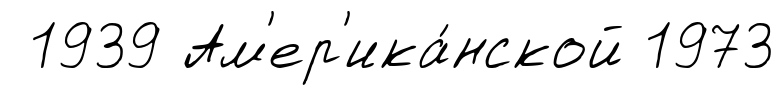
1939 Ам'ер'ика́нской 1973